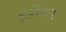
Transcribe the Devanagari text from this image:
इंडीकर